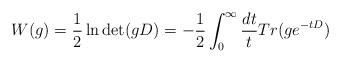
LaTeX: \begin{align*} W(g) = \frac{1}{2} \ln \det (gD) = - \frac{1}{2}\int_0^\infty \frac{dt}{t} Tr(ge^{-tD})\end{align*}